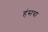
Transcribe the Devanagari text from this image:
हंसचा